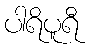
ပါရိပူရီ